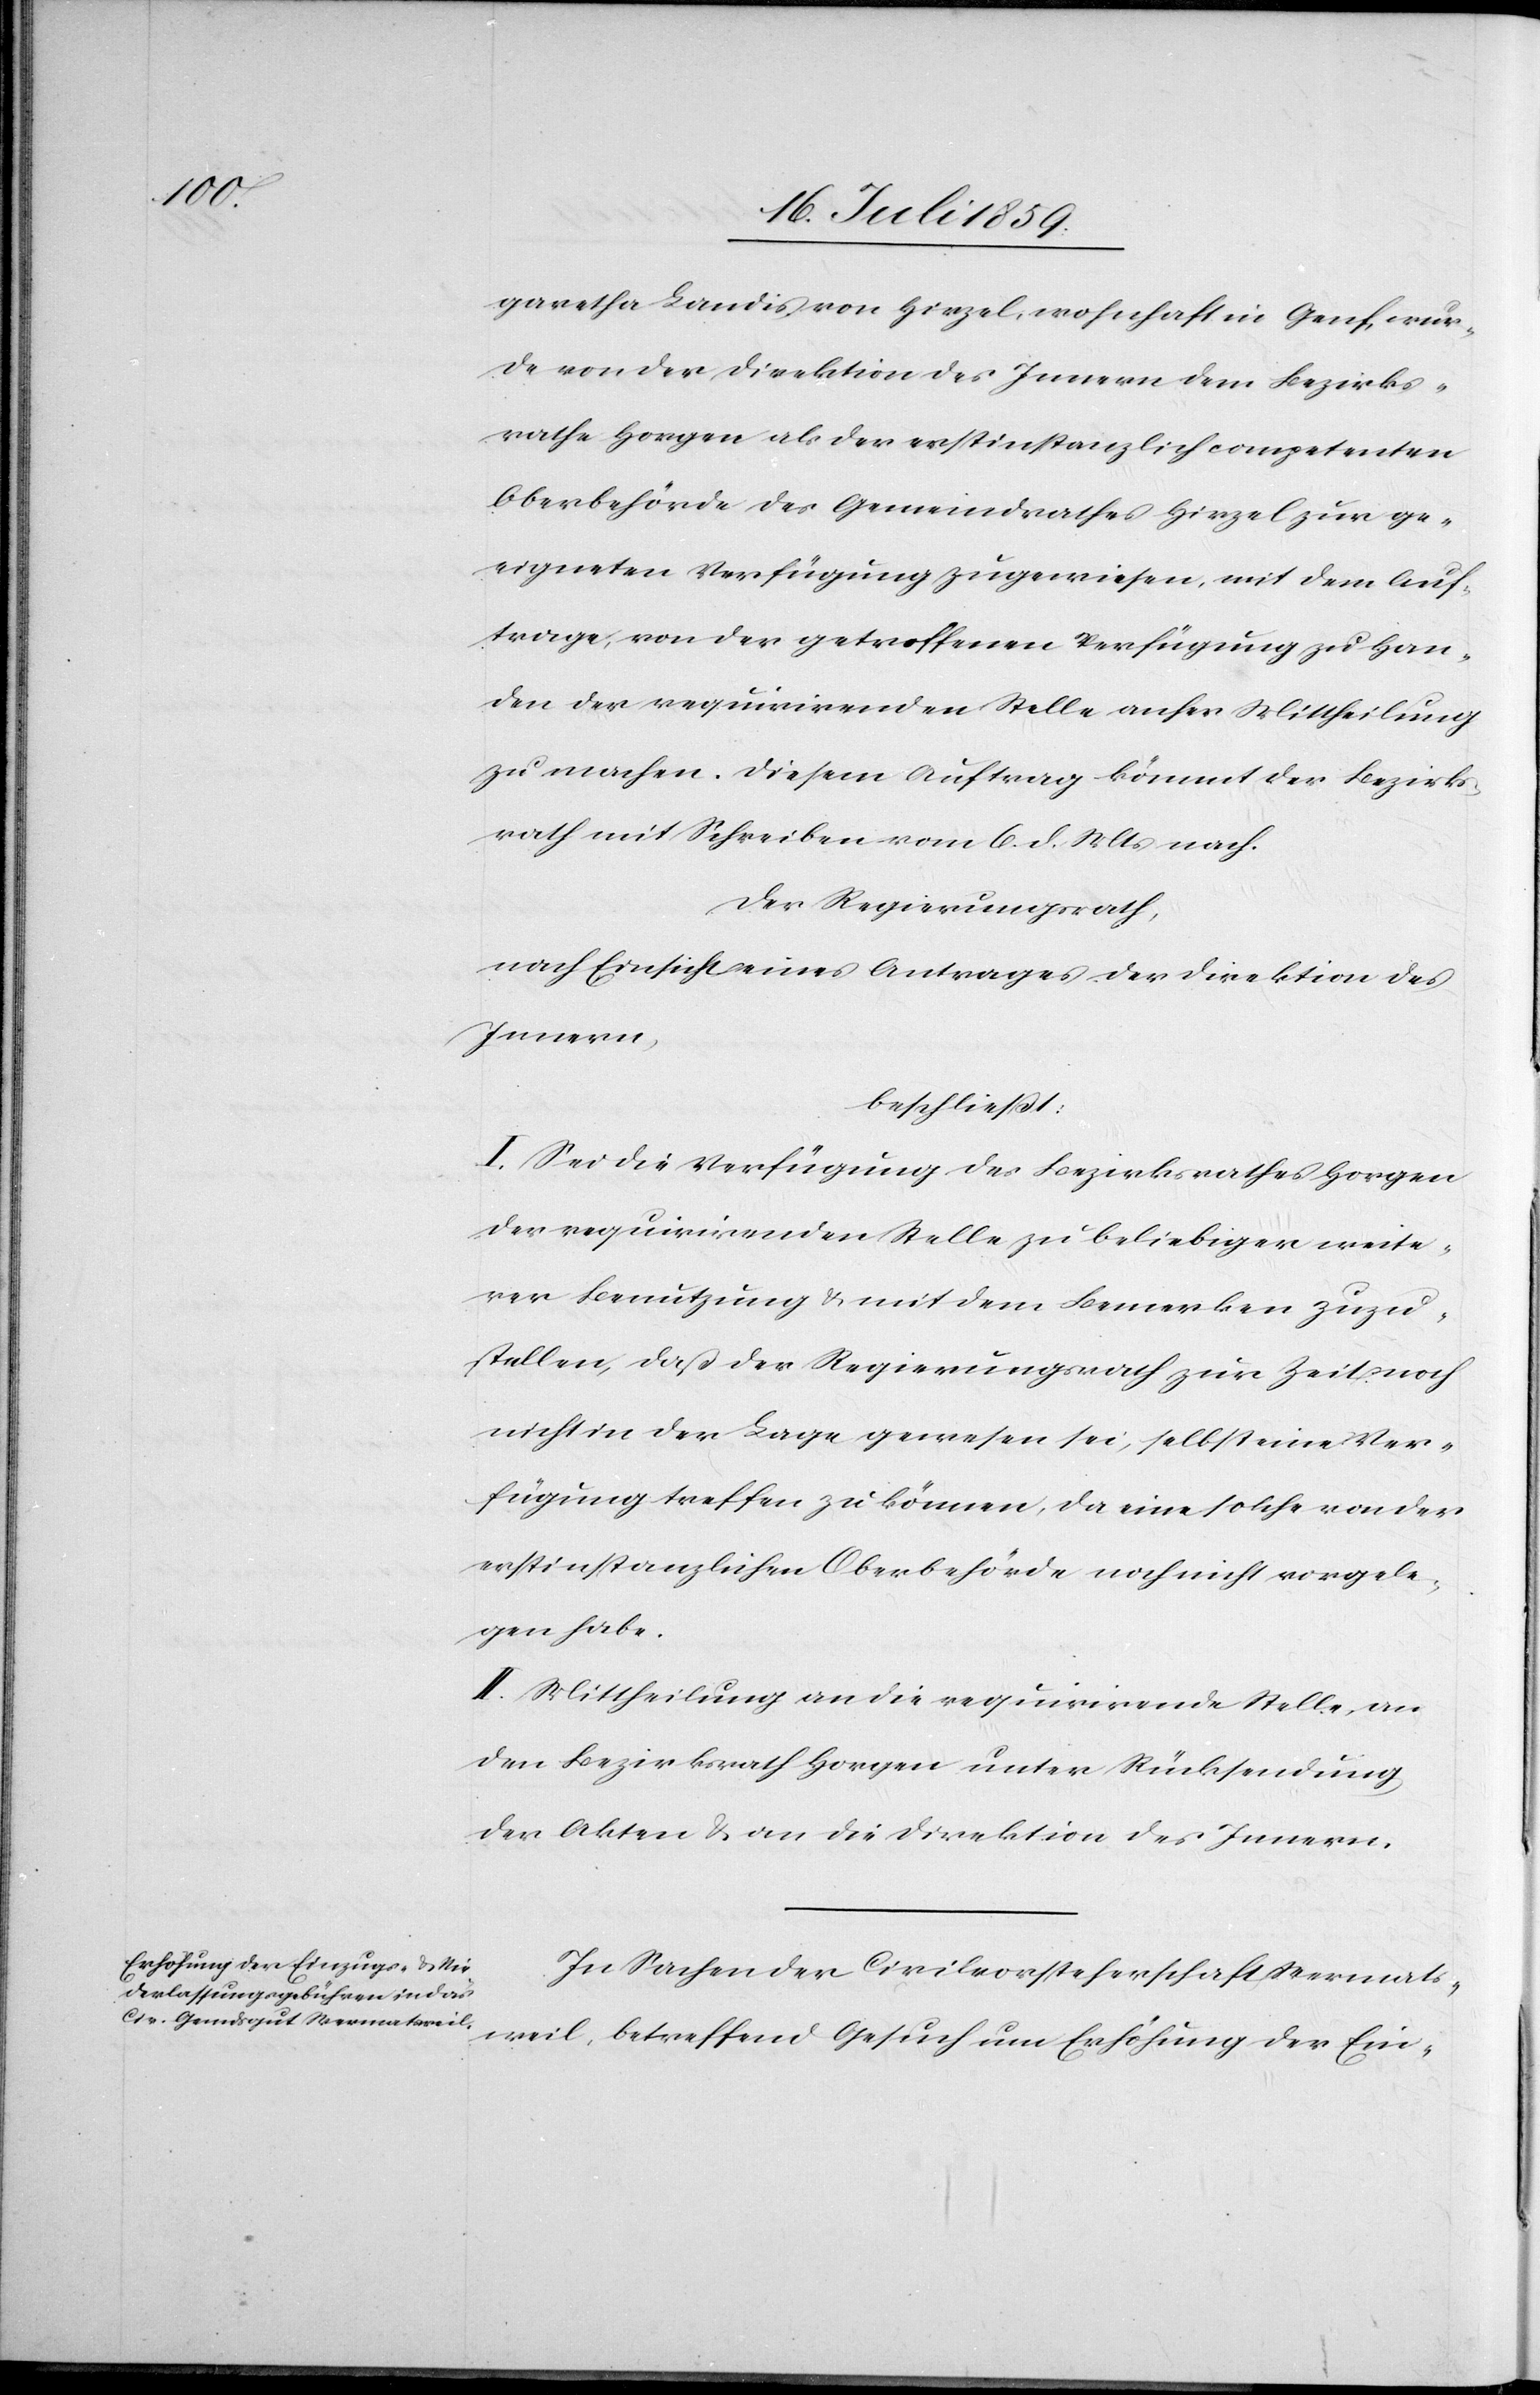
garetha Landis von Hirzel, wohnhaft in Genf, wur¬
de von der Direktion des Innern dem Bezirks¬
rathe Horgen als der erstinstanzlich competenten
Oberbehörde des Gemeindrathes Hirzel zur ge¬
eigneten Verfügung zugewiesen, mit dem Auf¬
trage, von der getroffenen Verfügung zu Han¬
den der requirirenden Stelle anher Mittheilung
zu machen. Diesem Auftrag kömmt der Bezirks¬
rath mit Schreiben vom 6. d. Mts. nach.
Der Regierungsrath,
nach Einsicht eines Antrages der Direktion des
Innern,
beschließt:
I. Sei die Verfügung des Bezirksrathes Horgen
der requirirenden Stelle zu beliebiger weite¬
rer Benutzung u. mit dem Bemerken zuzu¬
stellen, daß der Regierungsrath zur Zeit noch
nicht in der Lage gewesen sei, selbst eine Ver¬
fügung treffen zu können, da eine solche von der
erstinstanzlichen Oberbehörde noch nicht vorgele¬
gen habe.
II. Mittheilung an die requirirende Stelle an
den Bezirksrath Horgen unter Rücksendung
der Akten u. an die Direktion des Innern.
In Sachen der Civilvorsteherschaft Wermats¬
weil, betreffend Gesuch um Erhöhung der Ein-